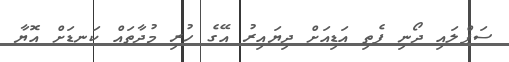
ސަޕްލައި ދޯނި ފެތި އަޑިއަށް ދިޔައިރު އޭގެ ހުރި މުދާތައް ކަނޑަށް އޮޔާ